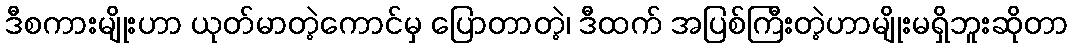
ဒီစကားမျိုးဟာ ယုတ်မာတဲ့ကောင်မှ ပြောတာတဲ့၊ ဒီထက် အပြစ်ကြီးတဲ့ဟာမျိုးမရှိဘူးဆိုတာ